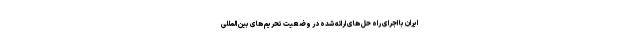
ایران با اجرای راه حل های ارائه شده در وضعیت تحریم های بین المللی